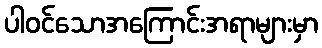
ပါဝင်သောအကြောင်းအရာများမှာ